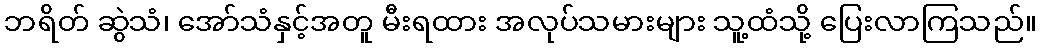
ဘရိတ် ဆွဲသံ၊ အော်သံနှင့်အတူ မီးရထား အလုပ်သမားများ သူ့ထံသို့ ပြေးလာကြသည်။